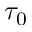
\tau _ { 0 }